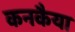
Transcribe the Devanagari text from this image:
कनकैया